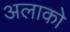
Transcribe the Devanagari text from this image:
अलाको